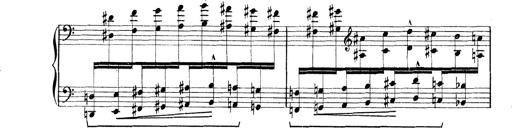
Title: Rapsodie: 19 ungheresi, 1 spagnuola
Composer: Franz Liszt